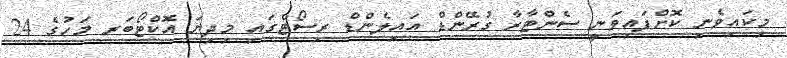
މިކައިވެނި ކޮށްފައިވަނީ ސެންޓާރާ ގުރޭންޑް އައިލެންޑް ރިސޯޓްގައި މިދިޔަ އޮކްޓޯބަރ މަހުގެ 24